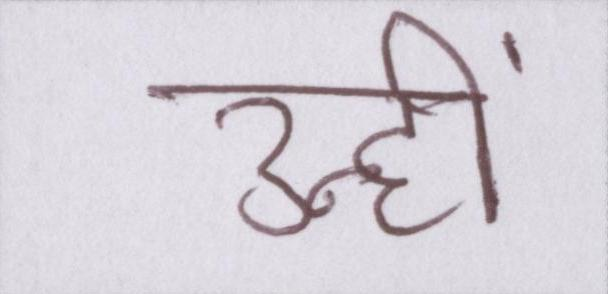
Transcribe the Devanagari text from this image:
उन्हीं